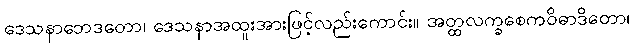
ဒေသနာဘေဒတော၊ ဒေသနာအထူးအားဖြင့်လည်းကောင်း။ အတ္ထလက္ခစေကဝိဓာဒိတော၊